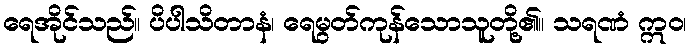
ရေအိုင်သည်။ ပိပါသိတာနံ၊ ရေမွတ်ကုန်သောသူတို့၏။ သရဏံ ဣဝ၊